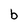
Character: b